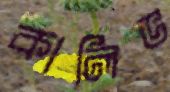
কালিভ